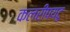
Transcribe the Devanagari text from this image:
कलरीपयटू